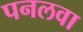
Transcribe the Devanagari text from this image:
पनलवा